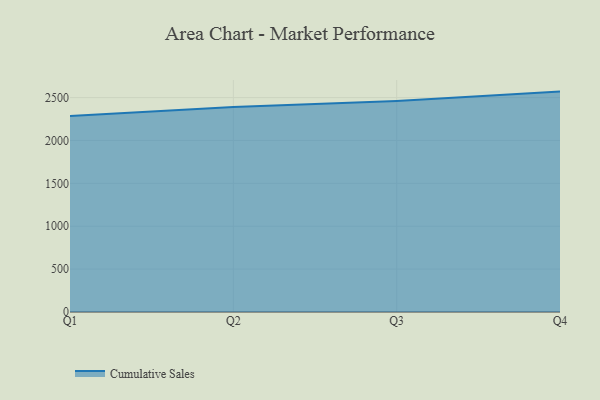
{"axis": {"x": "Quarter", "y": "Inventory Turnover"}, "legend": ["Cumulative Sales"], "data": [{"x": "Q1", "y": 2286.2, "type": "Cumulative Sales"}, {"x": "Q2", "y": 2390.8, "type": "Cumulative Sales"}, {"x": "Q3", "y": 2461.6, "type": "Cumulative Sales"}, {"x": "Q4", "y": 2569.9, "type": "Cumulative Sales"}]}